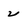
Character: 2